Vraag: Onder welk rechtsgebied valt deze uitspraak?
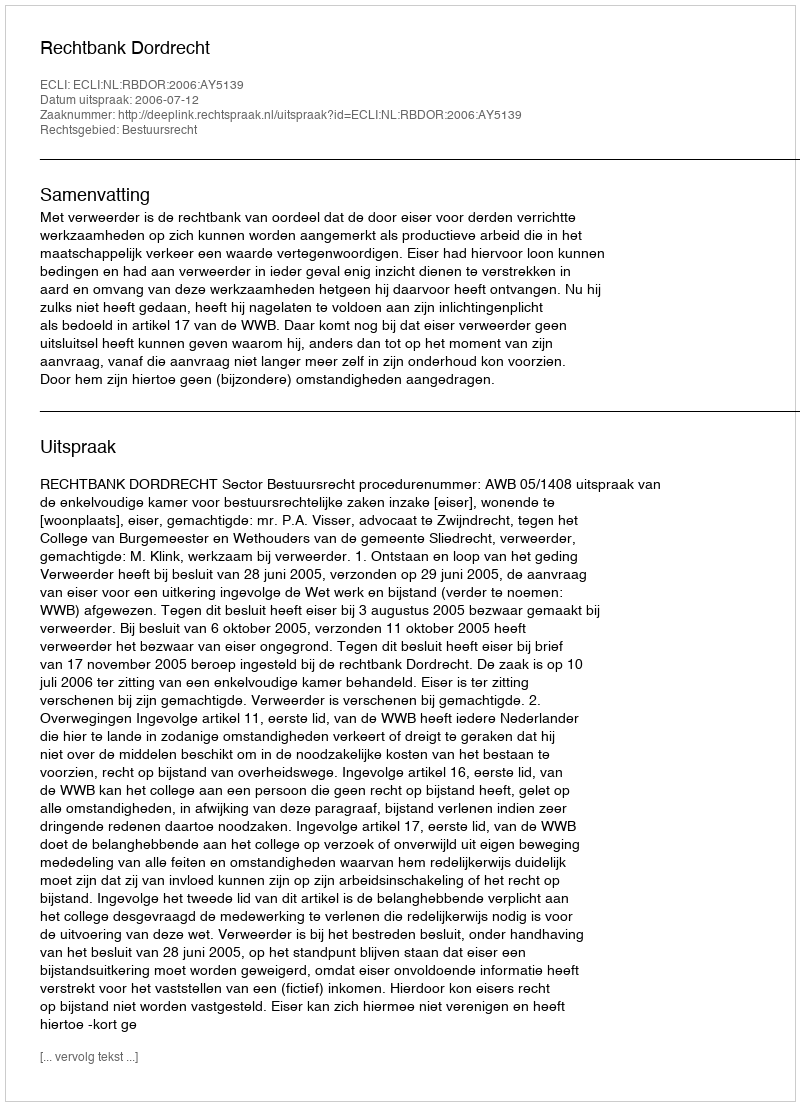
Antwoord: Bestuursrecht